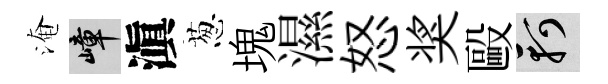
淹嶂滇葱塊濕怒奖毆軻